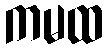
ကမထ